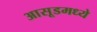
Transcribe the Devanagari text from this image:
आसूडमध्ये